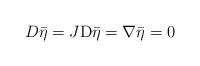
LaTeX: \begin{align*} D\bar{\eta}=J\mathrm{D}{\bar{\eta}}=\nabla{\bar{\eta}}=0\end{align*}